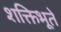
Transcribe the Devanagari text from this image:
शक्तिभूते